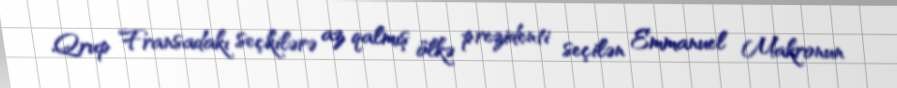
Qrup Fransadakı seçkilərə az qalmış ölkə prezidenti seçilən Emmanuel Makronun